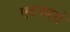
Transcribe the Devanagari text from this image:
एटनबरों